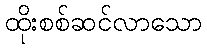
ထိုးစစ်ဆင်လာသော